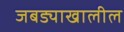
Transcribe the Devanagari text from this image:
जबड्याखालील